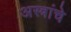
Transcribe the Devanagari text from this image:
अस्त्रांचे